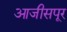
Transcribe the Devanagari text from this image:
आजीसपूर